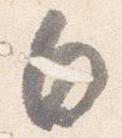
白